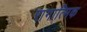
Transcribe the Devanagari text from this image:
रागात्मिक